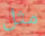
مثل